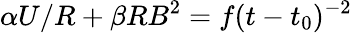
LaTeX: \alpha U/R+\beta RB^{2}=f(t-t_{0})^{-2}